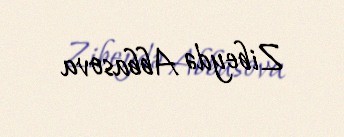
Zibeydə Abbasova